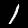
Digit: 1